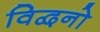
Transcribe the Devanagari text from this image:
विद्वनो